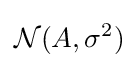
{\mathcal {N}}(A,\sigma ^{2})